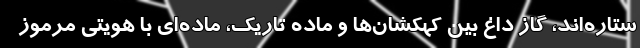
ستاره‌اند، گاز داغ بین کهکشان‌ها و ماده تاریک، ماده‌ای با هویتی مرموز